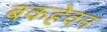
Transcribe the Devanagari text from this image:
बकहेवन